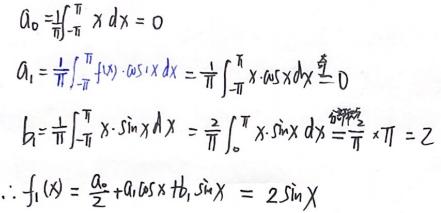
\[
\begin{align*}
a_0&=\frac{1}{\pi}\int_{-\pi}^{\pi}x\mathrm{d}x = 0\\
a_1&=\frac{1}{\pi}\int_{-\pi}^{\pi}x\cdot\cos x\mathrm{d}x=\frac{1}{\pi}\int_{-\pi}^{\pi}x\cdot\cos x\mathrm{d}x\overset{奇}{=}0\\
b_1&=\frac{1}{\pi}\int_{-\pi}^{\pi}x\cdot\sin x\mathrm{d}x=\frac{2}{\pi}\int_{0}^{\pi}x\cdot\sin x\mathrm{d}x\overset{分部积分}{=}\frac{2}{\pi}\times\pi = 2\\
\therefore f_1(x)&=\frac{a_0}{2}+a_1\cos x + b_1\sin x=2\sin x
\end{align*}
\]